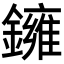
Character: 𬬑